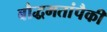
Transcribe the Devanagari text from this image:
बौद्धमतांपैकी